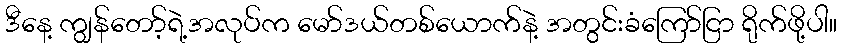
ဒီနေ့ ကျွန်တော့်ရဲ့အလုပ်က မော်ဒယ်တစ်ယောက်နဲ့ အတွင်းခံကြော်ငြာ ရိုက်ဖို့ပါ။